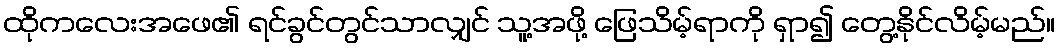
ထိုကလေးအဖေ၏ ရင်ခွင်တွင်သာလျှင် သူ့အဖို့ ဖြေသိမ့်ရာကို ရှာ၍ တွေ့နိုင်လိမ့်မည်။